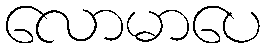
လောမာပေ